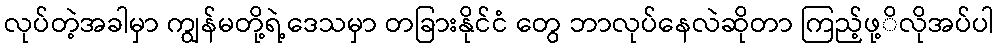
လုပ်တဲ့အခါမှာ ကျွန်မတို့ရဲ့ဒေသမှာ တခြားနိုင်ငံ တွေ ဘာလုပ်နေလဲဆိုတာ ကြည့်ဖု့ိလိုအပ်ပါ